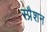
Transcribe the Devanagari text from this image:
स्प्रैशन